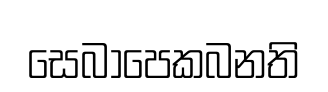
සෙබාපෙකබනති